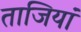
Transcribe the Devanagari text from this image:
ताजियां